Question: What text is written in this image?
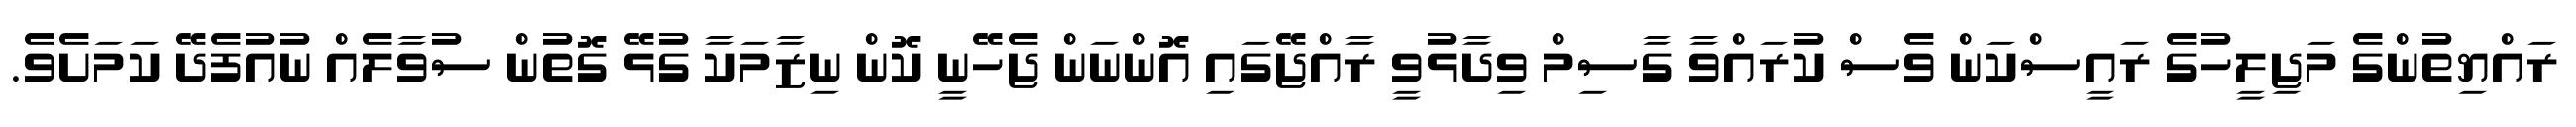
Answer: ރައްޔިތުންގެ މަޖިލީހުގެ ރައީސްކަން ވެސް ކުރައްވާ ގާސިމް ވިދާޅުވީ ރާއްޖޭގައި އޮންނަން ޖެހޭނީ ކޮން ނިޒާމަކާ ގުޅޭ ގޮތުން ސުވާލެއް ނުއުފެދޭ ކަމަށެވެ.